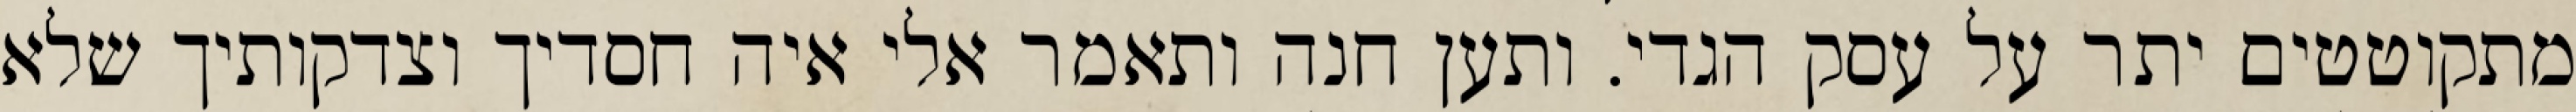
מתקוטטים יתר על עסק הגדי. ותען חנה ותאמר אלי איה חסדיך וצדקותיך שלא